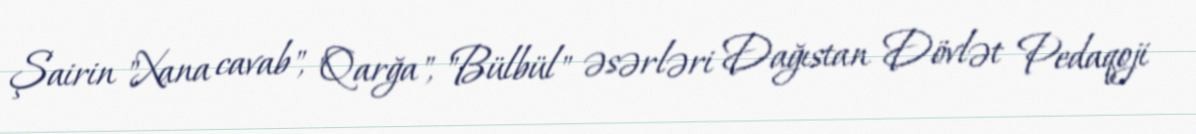
Şairin "Xana cavab", "Qarğa", "Bülbül" əsərləri Dağıstan Dövlət Pedaqoji